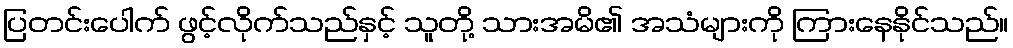
ပြတင်းပေါက် ဖွင့်လိုက်သည်နှင့် သူတို့ သားအမိ၏ အသံများကို ကြားနေနိုင်သည်။